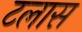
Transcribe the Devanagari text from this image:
टलास